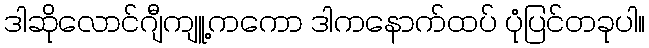
ဒါဆိုလောင်ဂျီကျူ့ကကော ဒါကနောက်ထပ် ပုံပြင်တခုပါ။